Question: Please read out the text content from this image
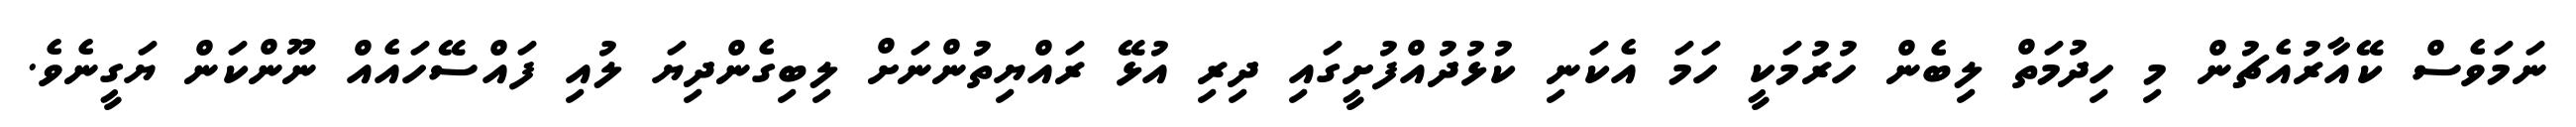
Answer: ނަމަވެސް ކޭއާރުއެޗުން މި ހިދުމަތް ލިބެން ހުރުމަކީ ހަމަ އެކަނި ކުޅުދުއްފުށީގައި ދިރި އުޅޭ ރައްޔިތުންނަށް ލިބިގެންދިޔަ ލުއި ފައްސޭހައެއް ނޫންކަން ޔަގީނެވެ.